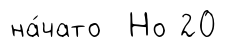
на́чато Но 20